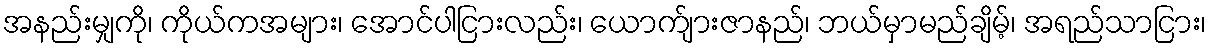
အနည်းမျှကို၊ ကိုယ်ကအများ၊ အောင်ပါငြားလည်း၊ ယောက်ျားဇာနည်၊ ဘယ်မှာမည်ချိမ့်၊ အရည်သာငြား၊